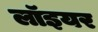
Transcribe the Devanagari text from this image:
लॉइयर